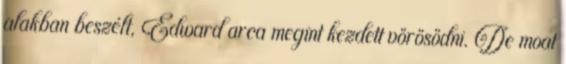
alakban beszélt, Edward arca megint kezdett vörösödni. De moat